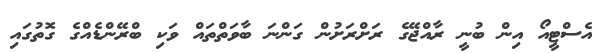
އެސްޓީއޯ އިން ބުނީ ރާއްޖޭގެ ރަށްރަށުން ގަންނަ ބާވަތްތައް ވަކި ބްރޭންޑެއްގެ ގޮތުގައި